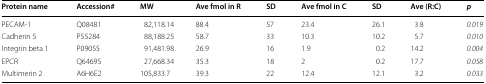
<table><thead><tr><td><b>Protein name</b></td><td><b>Accession#</b></td><td><b>MW</b></td><td><b>Ave fmol in R</b></td><td><b>SD</b></td><td><b>Ave fmol in C</b></td><td><b>SD</b></td><td><b>Ave (R:C)</b></td><td><b><i>p</i></b></td></tr></thead><tbody><tr><td>PECAM-1</td><td>Q08481</td><td>82,118.14</td><td>88.4</td><td>57</td><td>23.4</td><td>26.1</td><td>3.8</td><td><i>0.019</i></td></tr><tr><td>Cadherin 5</td><td>P55284</td><td>88,188.25</td><td>58.7</td><td>33</td><td>10.3</td><td>10.2</td><td>5.7</td><td><i>0.010</i></td></tr><tr><td>Integrin beta 1</td><td>P09055</td><td>91,481.98</td><td>26.9</td><td>16</td><td>1.9</td><td>0.2</td><td>14.2</td><td><i>0.004</i></td></tr><tr><td>EPCR</td><td>Q64695</td><td>27,668.34</td><td>35.3</td><td>18</td><td>2</td><td>0.2</td><td>17.7</td><td><i>0.058</i></td></tr><tr><td>Multimerin 2</td><td>A6H6E2</td><td>105,833.7</td><td>39.3</td><td>22</td><td>12.4</td><td>12.1</td><td>3.2</td><td><i>0.033</i></td></tr></tbody></table>